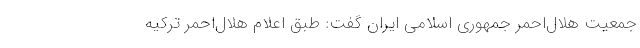
جمعیت هلال‌احمر جمهوری اسلامی ایران گفت: طبق اعلام هلال‌احمر ترکیه